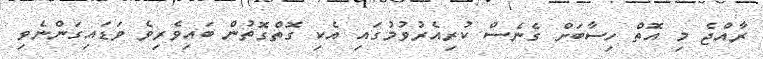
ރާއްޖެ މި އޮތް ހިސާބަށް ގެނެސް ކުރިއެރުވުމުގައި އެކި ގޮތްގޮތުން ބައިވެރިވެ ވަޑައިގަންނެވި